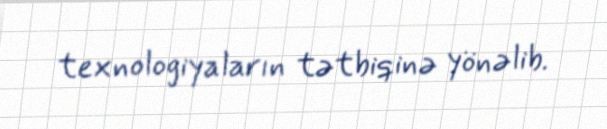
texnologiyaların tətbiqinə yönəlib.